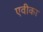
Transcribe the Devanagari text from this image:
एवीका